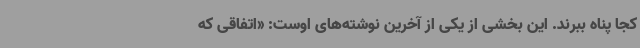
کجا پناه ببرند. این بخشی از یکی از آخرین نوشته‌های اوست: «اتفاقی که